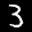
Label: 3